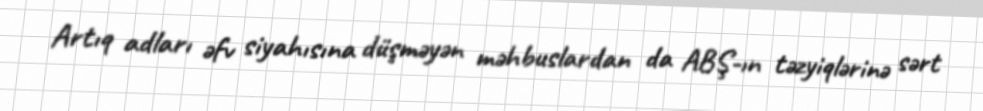
Artıq adları əfv siyahısına düşməyən məhbuslardan da ABŞ-ın təzyiqlərinə sərt